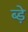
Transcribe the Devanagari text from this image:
ब्ड़े